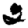
Digit: 2